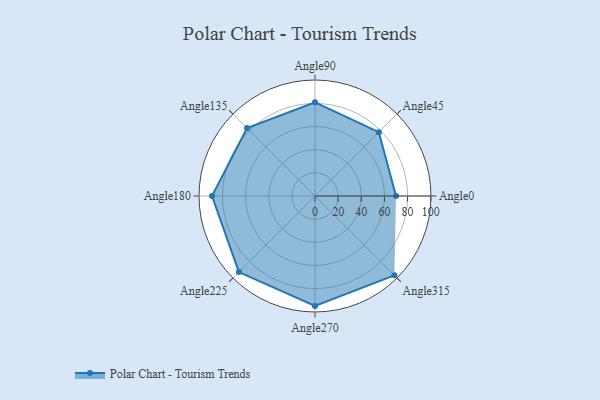
{"axis": {"x": "Angle", "y": "Radius"}, "legend": [""], "data": [{"x": "Angle0", "y": 70.0, "type": ""}, {"x": "Angle45", "y": 78.0, "type": ""}, {"x": "Angle90", "y": 81.0, "type": ""}, {"x": "Angle135", "y": 83.0, "type": ""}, {"x": "Angle180", "y": 89.0, "type": ""}, {"x": "Angle225", "y": 93.0, "type": ""}, {"x": "Angle270", "y": 95.0, "type": ""}, {"x": "Angle315", "y": 97.0, "type": ""}]}